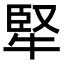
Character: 㹂